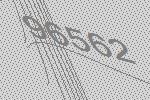
96562